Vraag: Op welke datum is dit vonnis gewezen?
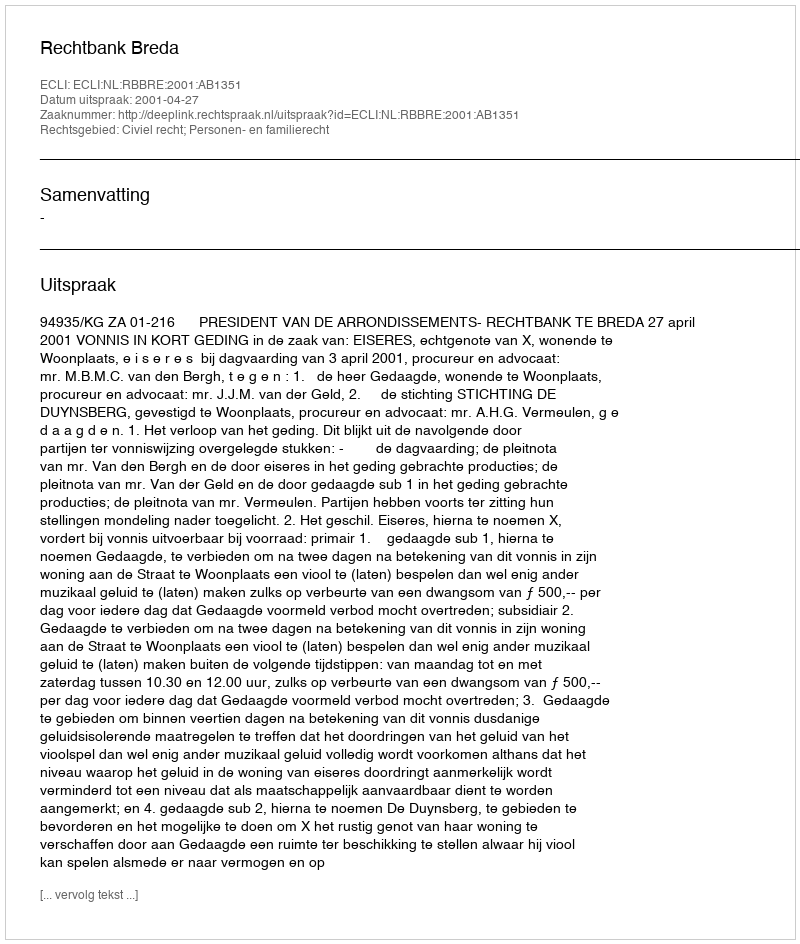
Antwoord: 2001-04-27